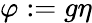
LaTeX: \varphi:=g\eta